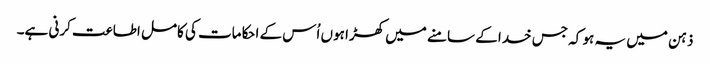
ذہن میں یہ ہو کہ جس خدا کے سامنے میں کھڑا ہوں اُس کے احکامات کی کامل اطاعت کرنی ہے۔